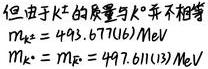
但由于$K^+$的质量与$\pi^+$并不相等
$m_{K^+}=493.677(16)\ \mathrm{MeV}$
$m_{\pi^+}=139.57018(35)\ \mathrm{MeV}$